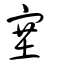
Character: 塞